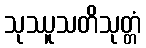
သုဿူသတိသုတ္တံ